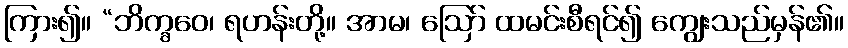
ကြား၍။ “ဘိက္ခဝေ၊ ရဟန်းတို့။ အာမ၊ ဩော် ထမင်းစီရင်၍ ကျွေးသည်မှန်၏။